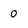
Character: 0